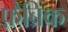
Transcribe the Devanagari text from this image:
फ़ैब्रिक